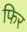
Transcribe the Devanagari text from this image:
फिर